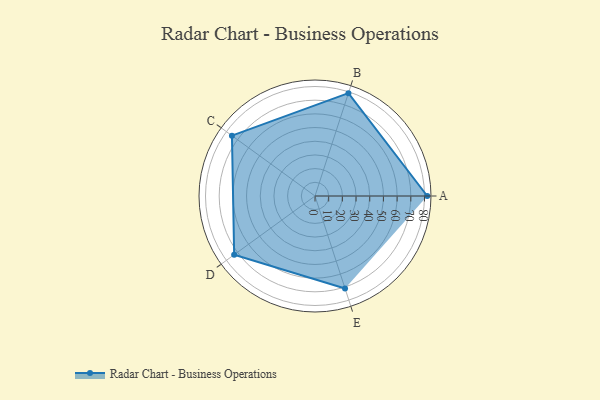
{"axis": {"x": "Skill", "y": "Score"}, "legend": ["Profile"], "data": [{"x": "A", "y": 82.0, "type": "Profile"}, {"x": "B", "y": 79.0, "type": "Profile"}, {"x": "C", "y": 75.0, "type": "Profile"}, {"x": "D", "y": 73.0, "type": "Profile"}, {"x": "E", "y": 71.0, "type": "Profile"}]}